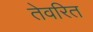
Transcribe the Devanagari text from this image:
तेवरित